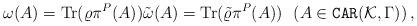
LaTeX: \begin{align*} \omega(A) = {\rm Tr}(\varrho\pi^P(A)) \tilde{\omega}(A) ={\rm Tr}(\tilde{\varrho} \pi^P(A)) \ \ (A \in {\tt CAR}(\mathcal{K},\Gamma))\,,\end{align*}